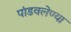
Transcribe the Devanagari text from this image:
पांडवलेण्या